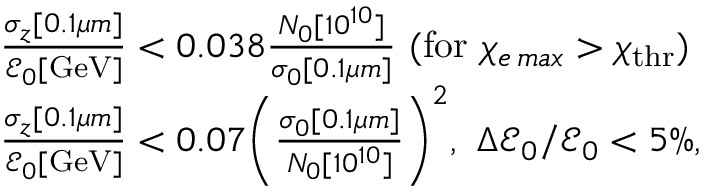
\begin{array} { r l } & { \frac { \sigma _ { z } [ 0 . 1 \mu m ] } { \mathcal { E } _ { 0 } [ \mathrm { G e V } ] } < 0 . 0 3 8 \frac { N _ { 0 } [ 1 0 ^ { 1 0 } ] } { \sigma _ { 0 } [ 0 . 1 \mu m ] } \ ( \mathrm { f o r } \ \chi _ { e \, m a x } > \chi _ { \mathrm { t h r } } ) } \\ & { \frac { \sigma _ { z } [ 0 . 1 \mu m ] } { \mathcal { E } _ { 0 } [ \mathrm { G e V } ] } < 0 . 0 7 \bigg ( \frac { \sigma _ { 0 } [ 0 . 1 \mu m ] } { N _ { 0 } [ 1 0 ^ { 1 0 } ] } \bigg ) ^ { 2 } , \ \Delta \mathcal { E } _ { 0 } / \mathcal { E } _ { 0 } < 5 \% , } \end{array}